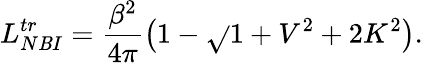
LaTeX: L_{N\mathit{B}I}^{tr}=\frac{{\beta^{2}}}{{4\pi}}\left(1-\sqrt{}{{1+V^{2}+2K^{2}}}\right).